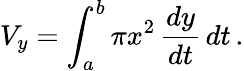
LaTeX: V_{y}=\int_{a}^{b}\pi x^{2}\, {\frac{dy}{dt}}\, dt\, .